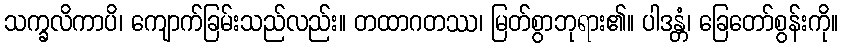
သက္ခလိကာပိ၊ ကျောက်ခြမ်းသည်လည်း။ တထာဂတဿ၊ မြတ်စွာဘုရား၏။ ပါဒန္တံ၊ ခြေတော်စွန်းကို။